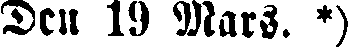
Den 19 Mars. *)